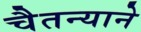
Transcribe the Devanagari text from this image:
चैतन्याने